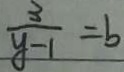
\frac { 3 } { y - 1 } = b